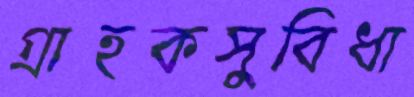
গ্রাহকসুবিধা